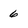
Character: 6